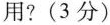
用?(3分)